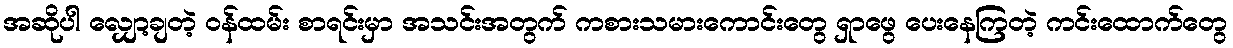
အဆိုပါ လျှော့ချတဲ့ ဝန်ထမ်း စာရင်းမှာ အသင်းအတွက် ကစားသမားကောင်းတွေ ရှာဖွေ ပေးနေကြတဲ့ ကင်းထောက်တွေ